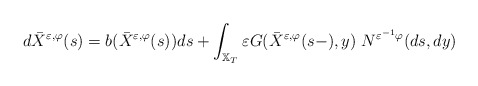
\begin{align*}d\bar{X}^{\varepsilon ,\varphi }(s)=b(\bar{X}^{\varepsilon ,\varphi}(s))ds+\int_{\mathbb{X}_{T}}\varepsilon G(\bar{X}^{\varepsilon ,\varphi}(s-),y)\ N^{\varepsilon ^{-1}\varphi }(ds,dy) \end{align*}